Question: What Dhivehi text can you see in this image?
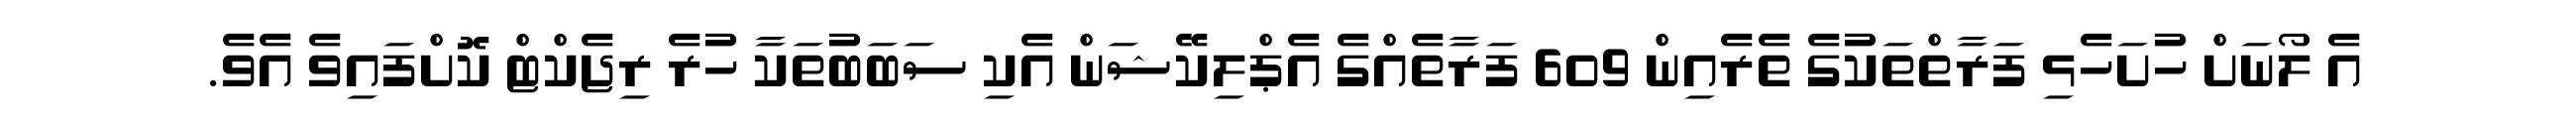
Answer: އެ ލޯނަށް ހުށަހެޅި ފަރާތްތަކުގެ ތެރެއިން 609 ފަރާތެއްގެ އެޕްލިކޭޝަން އެކި ސަބަބުތަކާ ހުރެ ރިޖެކްޓް ކޮށްފައިވެ އެވެ.